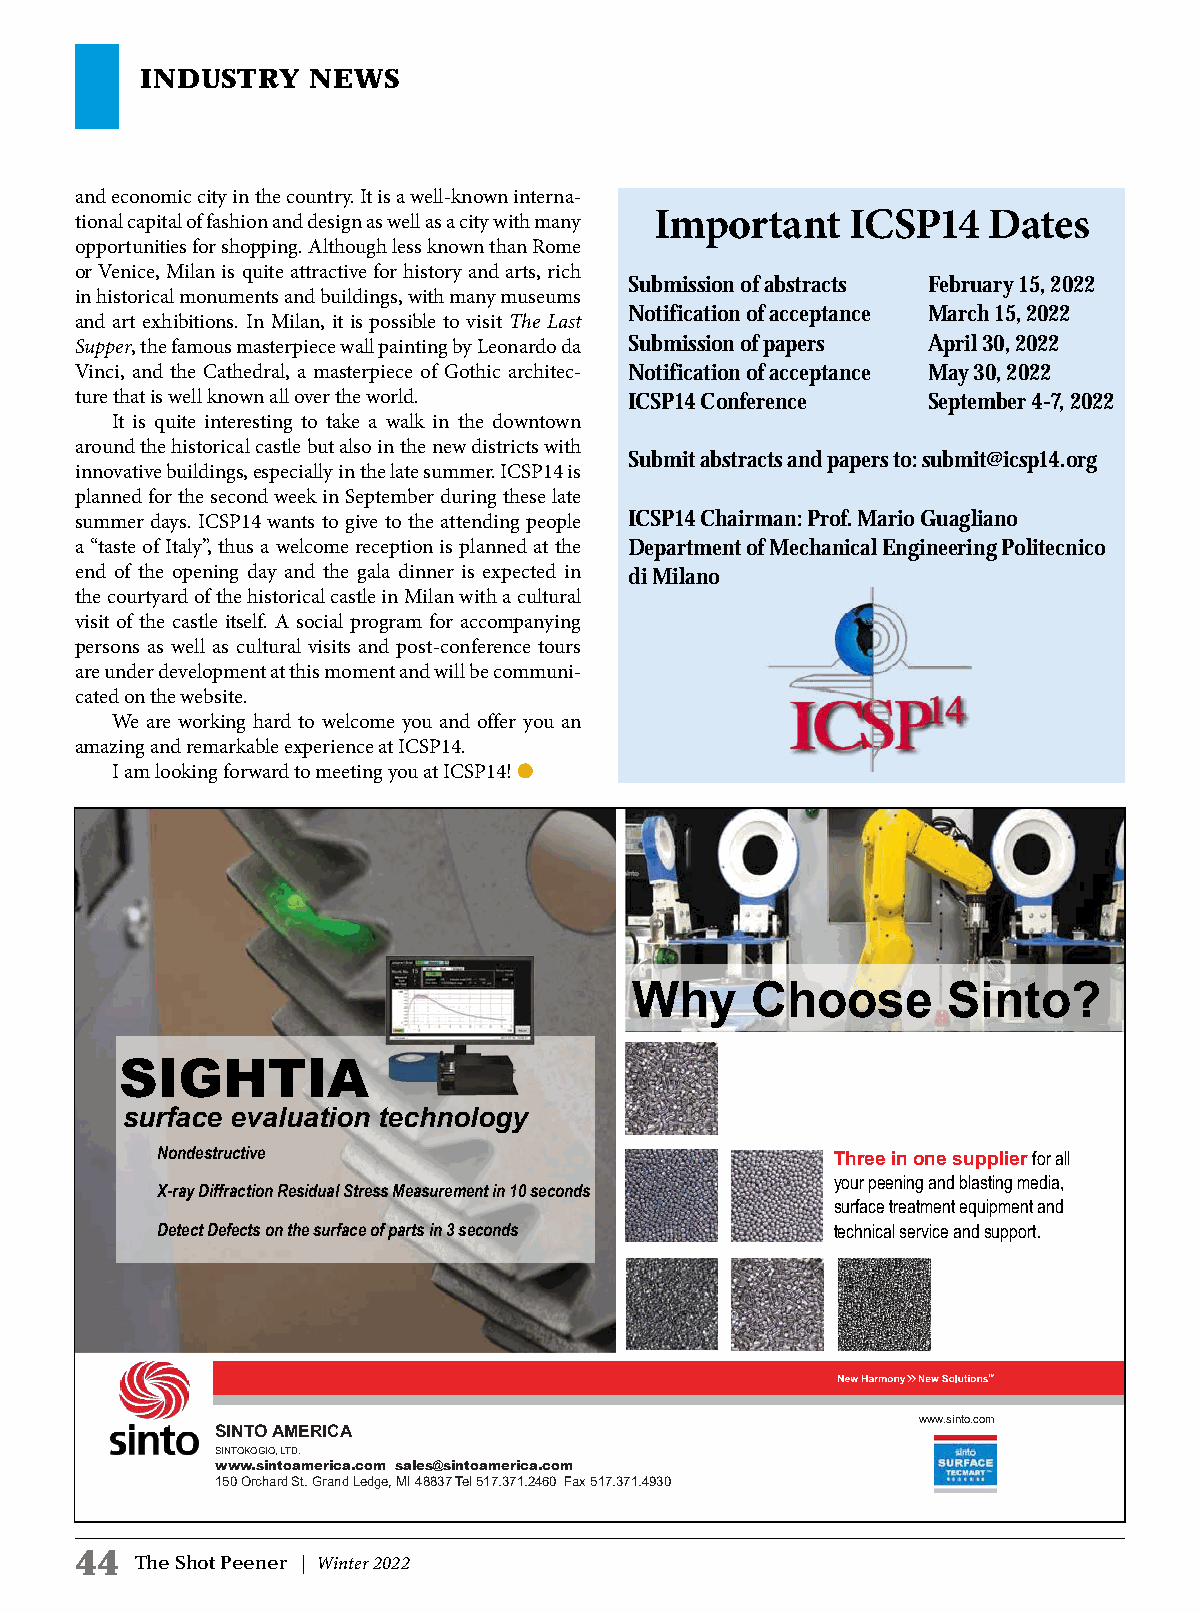
INDUSTRY   NEWS
 and economic city in the country. It is a well-known interna-
 tional capital of fashion and design as well as a city with many Important ICSP14 Dates
 opportunities for shopping. Although less known than Rome
 or Venice, Milan is quite attractive for history and arts, rich
 Submission of abstracts February 15, 2022
 in historical monuments and buildings, with many museums
 Notification of acceptance March 15, 2022
 and art exhibitions. In Milan, it is possible to visit The Last
 Supper, the famous masterpiece wall painting by Leonardo da Submission of papers April 30, 2022
 Vinci, and the Cathedral, a masterpiece of Gothic architec- Notification of acceptance May 30, 2022
 ture that is well known all over the world. ICSP14 Conference September 4-7, 2022
 It is quite interesting to take a walk in the downtown
 around the historical castle but also in the new districts with
 Submit abstracts and papers to: submit@icsp14.org
 innovative buildings, especially in the late summer. ICSP14 is
 planned for the second week in September during these late
 summer days. ICSP14 wants to give to the attending people ICSP14 Chairman: Prof. Mario Guagliano
 a “taste of Italy”, thus a welcome reception is planned at the Department of Mechanical Engineering Politecnico
 end of the opening day and the gala dinner is expected in di Milano
 the courtyard of the historical castle in Milan with a cultural
 visit of the castle itself. A social program for accompanying
 persons as well as cultural visits and post-conference tours
 are under development at this moment and will be communi-
 cated on the website.
 We are working hard to welcome you and offer you an
 amazing and remarkable experience at ICSP14.
 I am looking forward to meeting you at ICSP14! l
 Why     Choose       Sinto?
 SIGHTIA
 surface evaluation technology
 Nondestructive                               Three in one supplier for all
 your peening and blasting media,
 X-ray Diffraction Residual Stress Measurement in 10 seconds
 surface treatment equipment and
 Detect Defects on the surface of parts in 3 seconds technical service and support.
 TM
 www.sinto.com
 SINTO AMERICA
 SINTOKOGIO, LTD.
 www.sintoamerica.com sales@sintoamerica.com
 150 Orchard St. Grand Ledge, MI 48837 Tel 517.371.2460 Fax 517.371.4930
 4444
 TThhee SShhoott PPeeeenneerr || WWiinntteerr 22002222